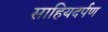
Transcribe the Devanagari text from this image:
साहियदर्पण